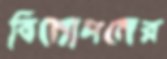
বিনোদনের